Reports on dispensaries and lunatic asylums in the Province of Oudh - 1869-1876
Year: 1869
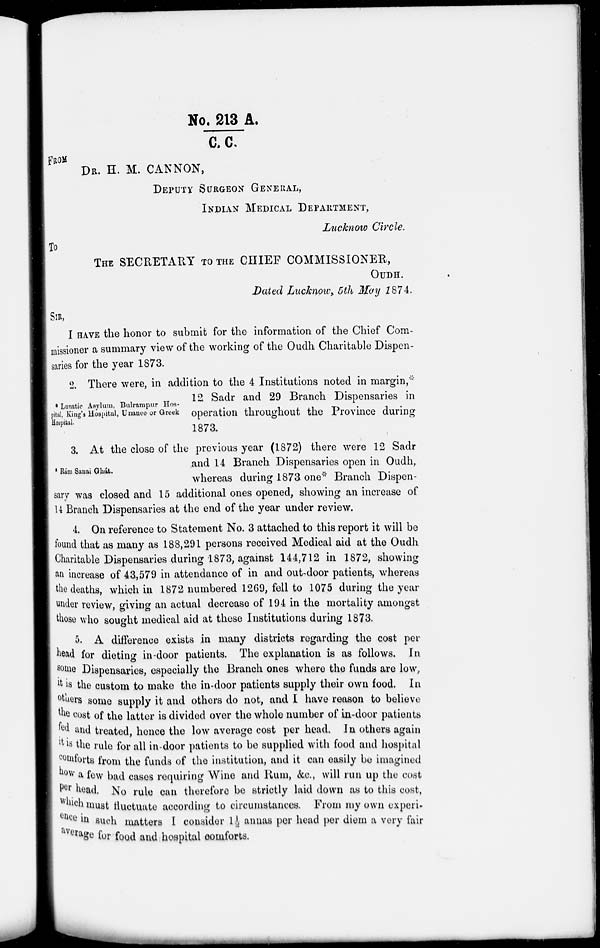
No. 213 A./C.C.
FROM
DR. H. M. CANNON,
DEPUTY SURGEON GENERAL,
INDIAN MEDICAL DEPARTMENT,
Lucknow Circle.
To
THE SECRETARY TO THE CHIEF COMMISSIONER,
OUDH.
Dated Lucknow, 5th May 1874.
SIR,
I HAVE the honor to submit for the information of the Chief Com-
missioner a summary view of the working of the Oudh Charitable Dispen-
saries for the year 1873.
* Lunatic Asylum, Bulrampur Hos-
pital, King's Hospital, Unanee or Greck
Hospital.
2. There were, in addition to the 4 Institutions noted in margin,*
12 Sadr and 29 Branch Dispensaries in
operation throughout the Province during
1873.
* Rám Sanai Ghát.
3. At the close of the previous year (1872) there were 12 Sadr
and 14 Branch Dispensaries open in Oudh,
whereas during 1873 one* Branch Dispen-
sary was closed and 15 additional ones opened, showing an increase of
14 Branch Dispensaries at the end of the year under review.
4. On reference to Statement No. 3 attached to this report it will be
found that as many as 188,291 persons received Medical aid at the Oudh
Charitable Dispensaries during 1873, against 144,712 in 1872, showing
an increase of 43,579 in attendance of in and out-door patients, whereas
the deaths, which in 1872 numbered 1269, fell to 1075 during the year
under review, giving an actual decrease of 194 in the mortality amongst
those who sought medical aid at these Institutions during 1873.
5. A difference exists in many districts regarding the cost per
head for dieting in-door patients. The explanation is as follows. In
some Dispensaries, especially the Branch ones where the funds are low
it is the custom to make the in-door patients supply their own food. In
others some supply it and others do not, and I have reason to believe
the cost of the latter is divided over the whole number of in-door patients
fed and treated, hence the low average cost per head. In others again
it is the rule for all in door patients to be supplied with food and hospital
comforts from the funds of the institution, and it can easily be imagined
how a few bad cases requiring Wine and Rum, &c., will run up the cost
per head. No rule can therefore be strictly laid down as to this cost,
which must fluctuate according to circumstances. From my own experi-
ence in such matters I consider 1½ annas per head per diem a very fair
average for food and hospital comforts.